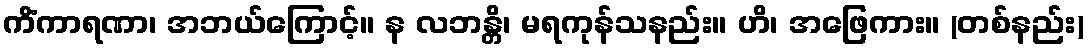
ကိံကာရဏာ၊ အဘယ်ကြောင့်။ န လဘန္တိ၊ မရကုန်သနည်း။ ဟိ၊ အဖြေကား။ (တစ်နည်း)